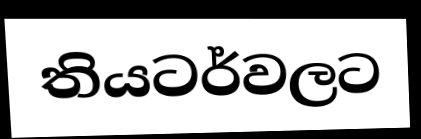
තියටර්වලට